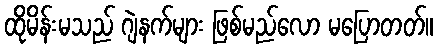
ထိုမိန်းမသည် ဂျဲနက်များ ဖြစ်မည်လော မပြောတတ်။